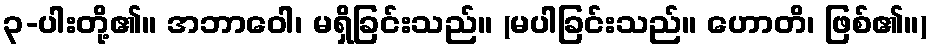
၃-ပါးတို့၏။ အဘာဝေါ၊ မရှိခြင်းသည်။ (မပါခြင်းသည်။ ဟောတိ၊ ဖြစ်၏။)